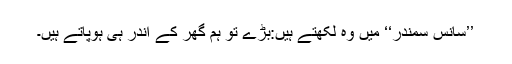
’’سانس سمندر‘‘ میں وہ لکھتے ہیں:بڑے تو ہم گھر کے اندر ہی ہوپاتے ہیں۔